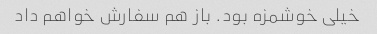
خیلی خوشمزه بود. باز هم سفارش خواهم داد